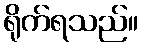
ရိုက်ရသည်။